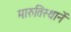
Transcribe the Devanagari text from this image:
मारुतिस्थानें